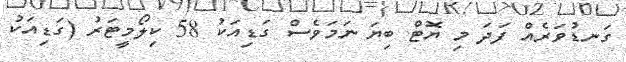
ގަނޑުވަރެއް ފަދަ މި ޔޮޓް ބިޔަ ނަމަވެސް ގަޑިއަކު 58 ކިލޯމީޓަރު (ގަޑިއަކު